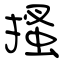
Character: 搔